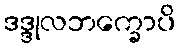
ဒဒ္ဒုလဘက္ခောပိ